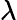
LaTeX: \displaystyle\lambda